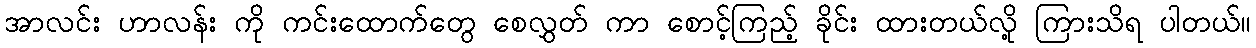
အာလင်း ဟာလန်း ကို ကင်းထောက်တွေ စေလွှတ် ကာ စောင့်ကြည့် ခိုင်း ထားတယ်လို့ ကြားသိရ ပါတယ်။